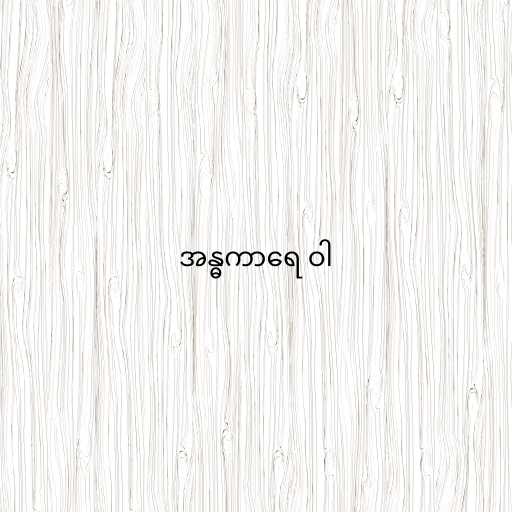
အန္ဓကာရေ ဝါ